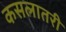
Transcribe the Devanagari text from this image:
कसलातरी